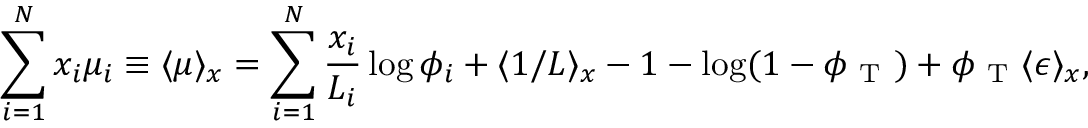
\sum _ { i = 1 } ^ { N } x _ { i } \mu _ { i } \equiv \langle \mu \rangle _ { x } = \sum _ { i = 1 } ^ { N } \frac { x _ { i } } { L _ { i } } \log \phi _ { i } + \langle 1 / L \rangle _ { x } - 1 - \log ( 1 - \phi _ { \mathrm { ~ T ~ } } ) + \phi _ { \mathrm { ~ T ~ } } \langle \epsilon \rangle _ { x } ,